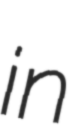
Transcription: in